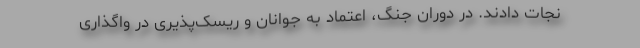
نجات دادند. در دوران جنگ، اعتماد به جوانان و ریسک‌پذیری در واگذاری